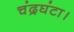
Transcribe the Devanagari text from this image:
चंद्रघंटा।